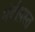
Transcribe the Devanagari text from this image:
मंदीग्रस्त